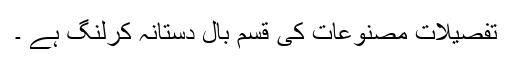
تفصیلات مصنوعات کی قسم بال دستانہ کرلنگ ہے ۔